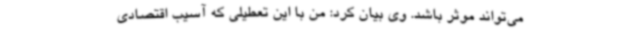
می‌تواند موثر باشد. وی بیان کرد: من با این تعطیلی که آسیب اقتصادی